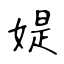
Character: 媞